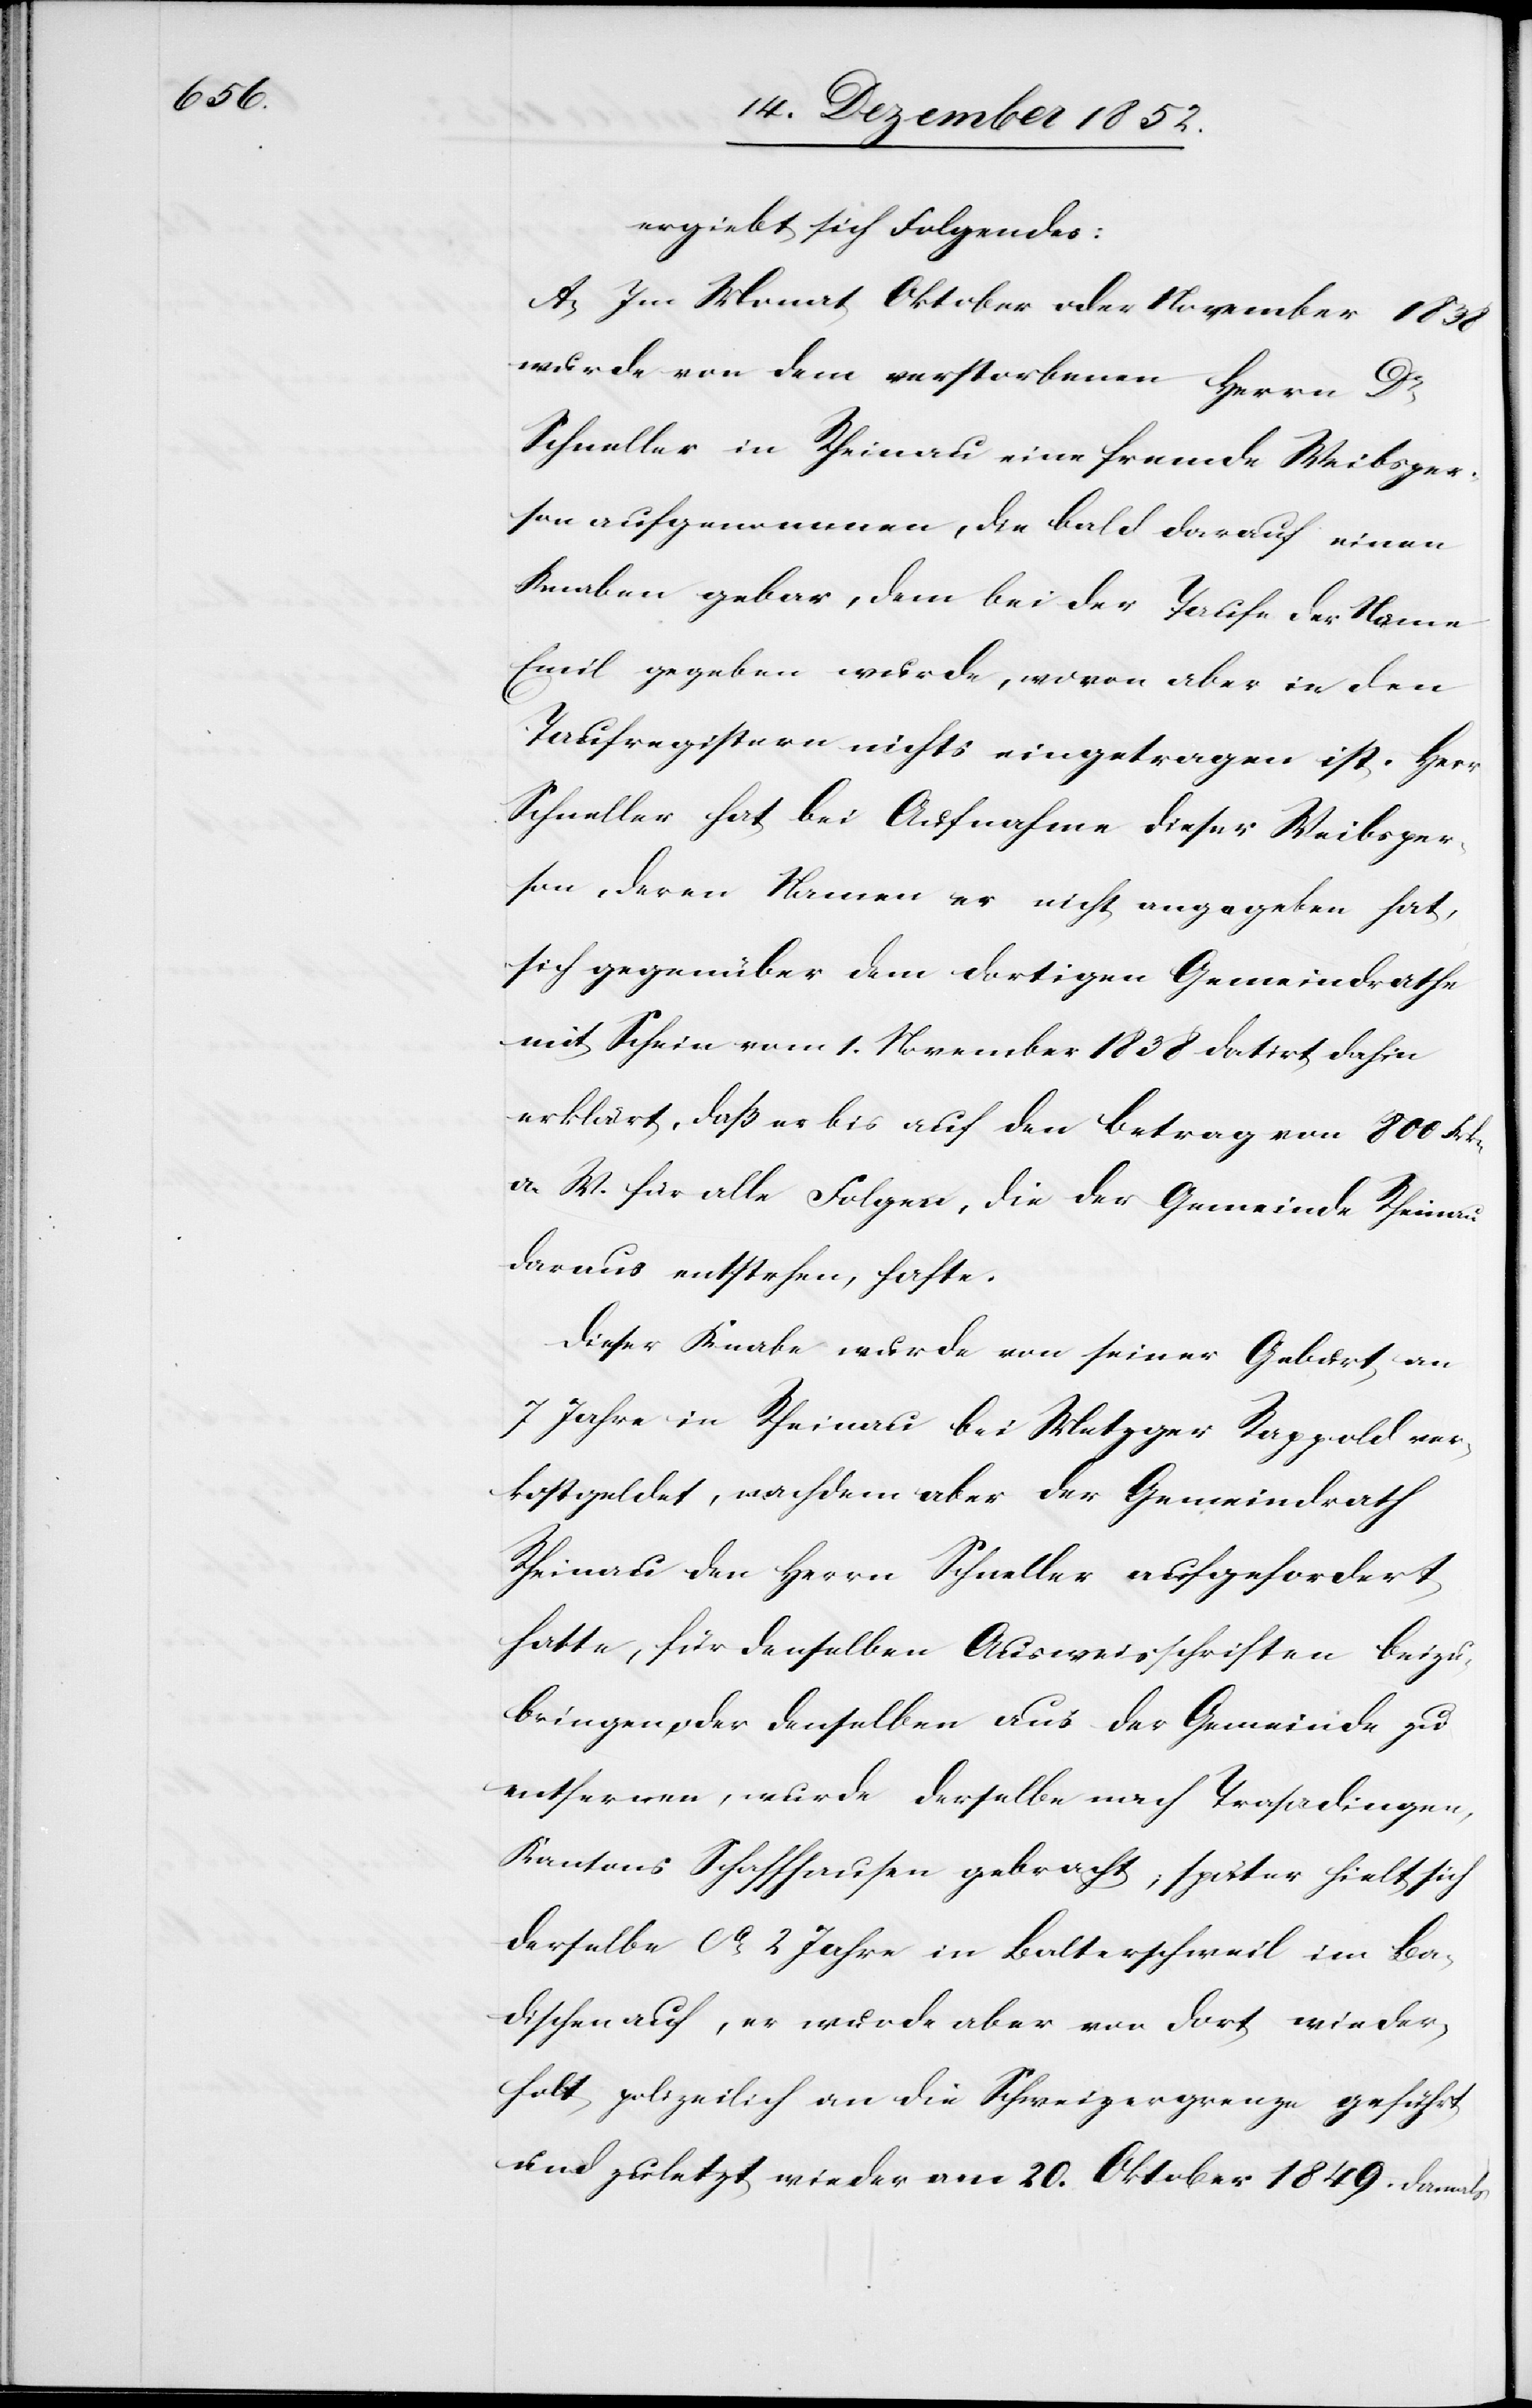
ergiebt sich Folgendes:
A, Im Monat Oktober oder November 1838
wurde von dem verstorbenen Herrn
Dr
Schneller in Rheinau eine fremde Weibsper¬
son aufgenommen, die bald darauf einen
Knaben gebar, dem bei der Taufe der Name
Emil gegeben wurde, wovon aber in den
Taufregistern nichts eingetragen ist. Herr
Schneller hat bei Aufnahme dieser Weibsper¬
son, deren Namen er nicht angegeben hat,
sich gegenüber dem dortigen Gemeindrathe
mit Schein vom 1. November 1838 datirt dahin
erklärt, daß er bis auf den Betrag von 800 Frkn
a. W. für alle Folgen, die der Gemeinde Rheinau
daraus entstehen, hafte.
Dieser Knabe wurde von seiner Geburt an
7 Jahre in Rheinau bei Metzger Rappold ver¬
kostgeldet, nachdem aber der Gemeindrath
Rheinau den Herrn Schneller aufgefordert
hatte, für denselben Ausweisschriften beizu¬
bringen oder denselben aus der Gemeinde zu
entfernen, wurde derselbe nach Trasadingen,
Kantons Schaffhausen gebracht; später hielt sich
derselbe ca. 2 Jahre in Balterschweil im Ba¬
dischen auf, er wurde aber von dort wieder¬
holt polizeilich an die Schweizergrenze geführt
und zuletzt wieder am 20. Oktober 1849. damals